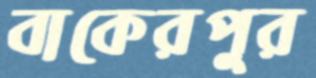
বাকেরপুর